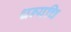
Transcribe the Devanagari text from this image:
धन्यचि